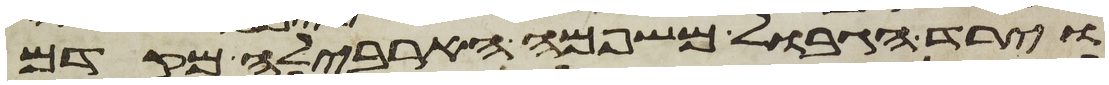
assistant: וירד הגבול משפמה הארבלה מקדם